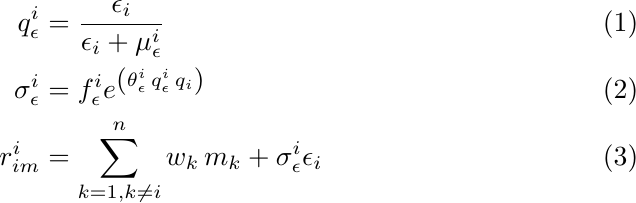
\begin{align}
\label{sum:rimnorm1}	q^i_\epsilon&=\frac{\epsilon_i}{\epsilon_i+\mu^i_\epsilon}\\
\label{sum:rimnorm2}	\sigma^i_\epsilon&=f^i_\epsilon e^{\left(\theta^i_\epsilon\, q^i_\epsilon\,q_i\right)}\\
\label{sum:rimnorm3}	r^i_{im}&=\sum^n_{k=1, k\neq i} w_k\, m_k + \sigma^i_\epsilon \epsilon_i
\end{align}